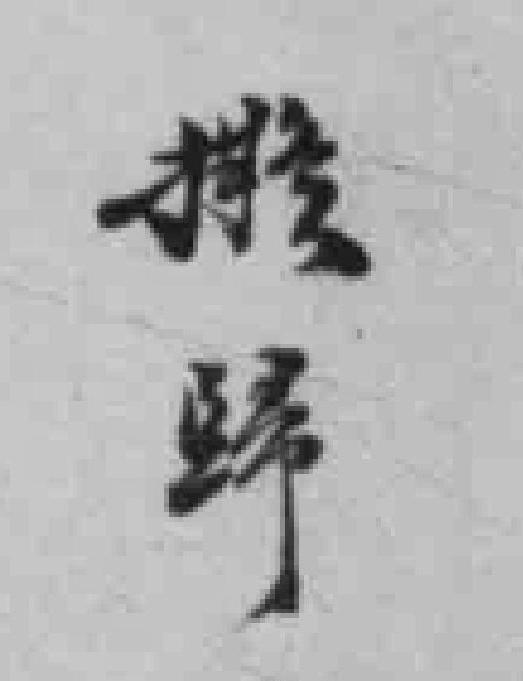
撥歸